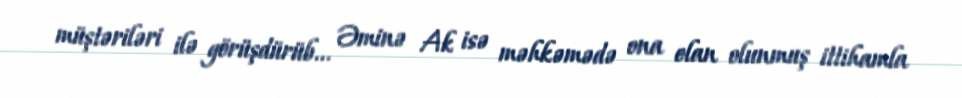
müştəriləri ilə görüşdürüb... Əminə Ak isə məhkəmədə ona elan olunmuş ittihamla